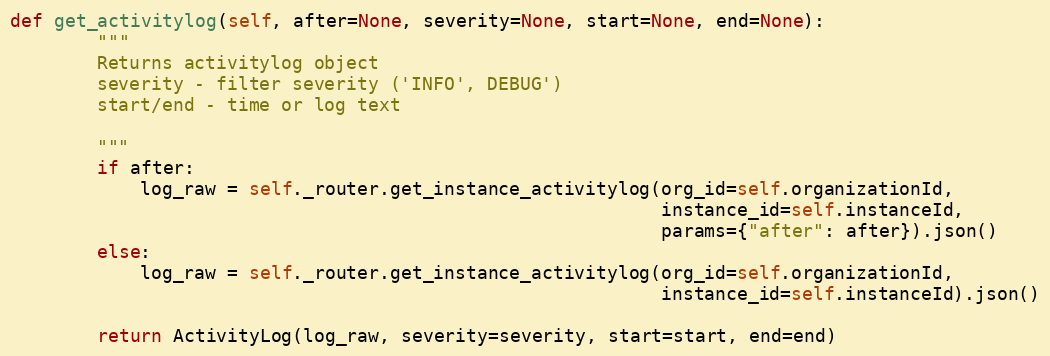
Language: Python
def get_activitylog(self, after=None, severity=None, start=None, end=None):
        """
        Returns activitylog object
        severity - filter severity ('INFO', DEBUG')
        start/end - time or log text

        """
        if after:
            log_raw = self._router.get_instance_activitylog(org_id=self.organizationId,
                                                            instance_id=self.instanceId,
                                                            params={"after": after}).json()
        else:
            log_raw = self._router.get_instance_activitylog(org_id=self.organizationId,
                                                            instance_id=self.instanceId).json()

        return ActivityLog(log_raw, severity=severity, start=start, end=end)